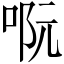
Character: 𠴉